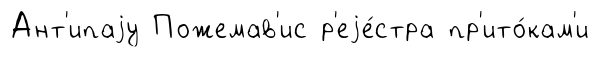
Ант'ипаjу Пожемав'ис р'еjе́стра пр'ито́кам'и